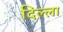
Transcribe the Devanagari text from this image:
दिल्ला